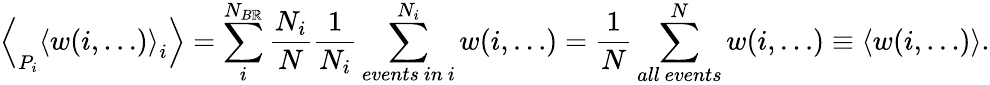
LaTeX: \Bigl<_{P_{i}}\left<w(i,\dots)\right>_{i}\Bigr>=\sum_{i}^{N_{B\mathbb{R}}}\frac{{N_{i}}}{{N}}\frac{{1}}{{N_{i}}}\sum_{events~in~i}^{N_{i}}w(i,\dots)=\frac{{1}}{{N}}\sum_{all~events}^{N}w(i,\dots)\equiv\left<w(i,\dots)\right>.